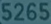
5265